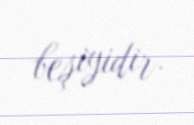
beşiyidir.